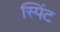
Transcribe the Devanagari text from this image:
स्पिंट